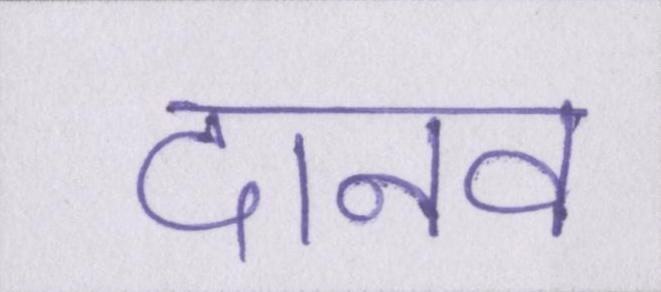
दानव